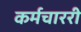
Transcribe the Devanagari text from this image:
कर्मचाररी